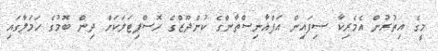
މީގެ އިތުރުން އެމެރިކާ ސިފައިން އަފްޣާނިސްތާންގެ ކުންދޫޒްގެ ހޮސްޕިޓަލަކަށް ދިން ބޮމުގެ ހަމަލާގައި